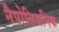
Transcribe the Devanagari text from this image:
नैपोलियनिक